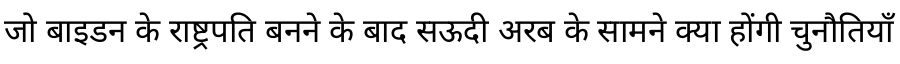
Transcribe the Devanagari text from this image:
जो बाइडन के राष्ट्रपति बनने के बाद सऊदी अरब के सामने क्या होंगी चुनौतियाँ